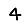
Digit: 4